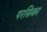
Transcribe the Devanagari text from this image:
परसिका